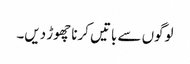
لوگوں سے باتیں کرنا چھوڑ دیں۔